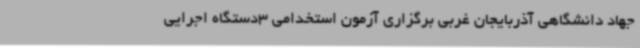
جهاد دانشگاهی آذربایجان غربی برگزاری آزمون استخدامی 3دستگاه اجرایی